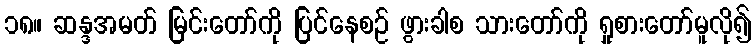
၁၈။ ဆန္ဒအမတ် မြင်းတော်ကို ပြင်နေစဉ် ဖွားခါစ သားတော်ကို ရှုစားတော်မူလို၍